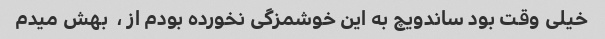
خیلی وقت بود ساندویچ به این خوشمزگی نخورده بودم از ،  بهش میدم